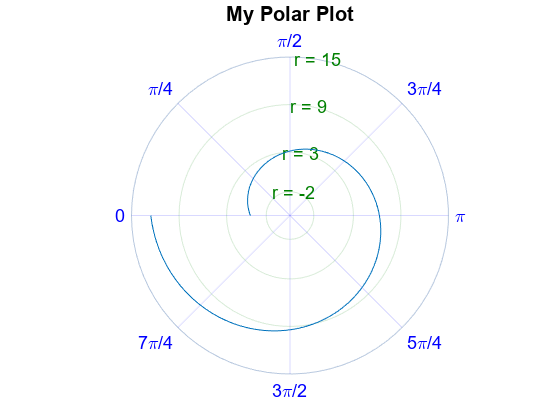
matlab, figure, polarplot